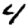
Digit: 4